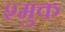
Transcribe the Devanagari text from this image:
श्मुक